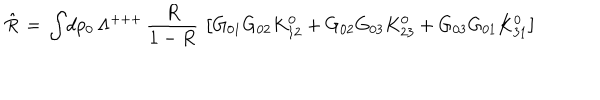
\hat { R } \, = \, \int \! d p _ { 0 } \, \Lambda ^ { + + + } \, { \frac { R } { 1 - R } } \, \left[ G _ { 0 1 } G _ { 0 2 } K _ { 1 2 } ^ { 0 } + G _ { 0 2 } G _ { 0 3 } K _ { 2 3 } ^ { 0 } + G _ { 0 3 } G _ { 0 1 } K _ { 3 1 } ^ { 0 } \right]